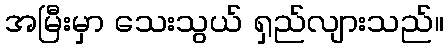
အမြီးမှာ သေးသွယ် ရှည်လျားသည်။